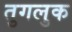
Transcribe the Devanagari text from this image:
तुगलुक